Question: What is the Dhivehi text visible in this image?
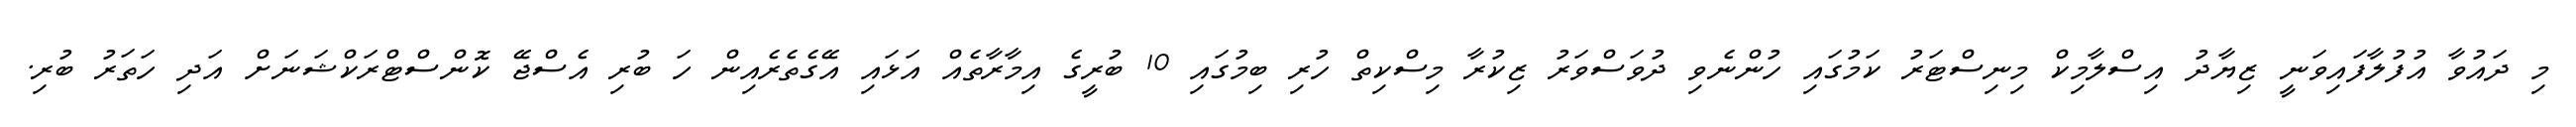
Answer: މި ދައުވާ އުފުލާފައިވަނީ ޒިޔާދު އިސްލާމިކް މިނިސްޓަރު ކަމުގައި ހުންނެވި ދުވަސްވަރު ޒިކުރާ މިސްކިތް ހުރި ބިމުގައި 10 ބުރީގެ އިމާރާތެއް އަޅައި އޭގެތެރެއިން ހަ ބުރި އެސްޖޭ ކޮންސްޓްރަކްޝަނަށް އަދި ހަތަރު ބުރި.